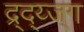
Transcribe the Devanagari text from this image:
द्र्द्य्ज्ग